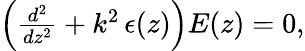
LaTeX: \begin{array}{r}{\left(\frac{d^{2}}{dz^{2}}+k^{2}\, \epsilon(z)\right)E(z)=0,}\end{array}